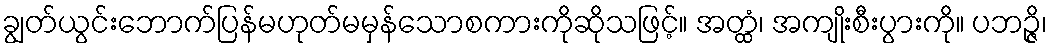
ချွတ်ယွင်းဘောက်ပြန်မဟုတ်မမှန်သောစကားကိုဆိုသဖြင့်။ အတ္ထံ၊ အကျိုးစီးပွားကို။ ပဘဉ္ဇိ၊